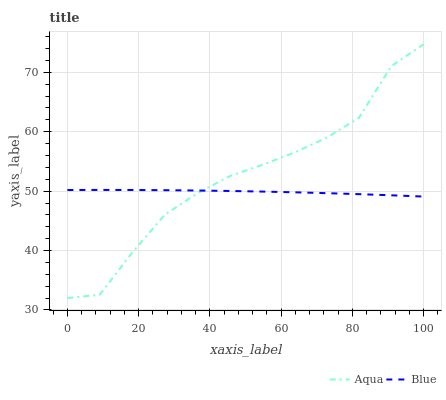
| xaxis_label | Aqua | Blue |
 | --- | --- | --- |
 | 0 | 32 | 50.2 |
 | 9.09 | 32.6 | 50.2 |
 | 18.2 | 39.6 | 50.2 |
 | 27.3 | 46 | 50.2 |
 | 36.4 | 49.6 | 50.1 |
 | 45.5 | 52.5 | 50 |
 | 54.5 | 54.4 | 49.9 |
 | 63.6 | 56.5 | 49.8 |
 | 72.7 | 59 | 49.7 |
 | 81.8 | 62.3 | 49.5 |
 | 90.9 | 71 | 49.3 |
 | 100 | 74.7 | 49.1 |